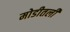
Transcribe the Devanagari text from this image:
मोडीतली